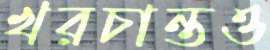
খরচান্তও